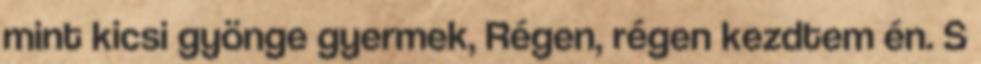
mint kicsi gyönge gyermek, Régen, régen kezdtem én. S